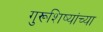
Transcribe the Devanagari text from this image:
गुरूशिष्यांच्या